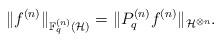
LaTeX: \begin{align*}\|f^{(n)}\|_{\mathbb{F}_q^{(n)}(\mathcal{H})}=\|P_q^{(n)}f^{(n)}\|_{\mathcal{H}^{\otimes n}}.\end{align*}